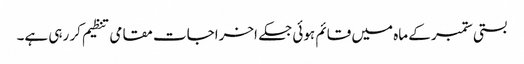
بستی ستمبر کے ماہ میں قائم ہوئی جسکے اخراجات مقامی تنظیم کر رہی ہے۔